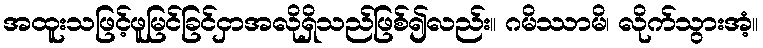
အထူးသဖြင့်ဖူမြင်ခြင်ငှာအလိုရှိသည်ဖြစ်၍လည်း။ ဂမိဿာမိ၊ လိုက်သွားအံ့။